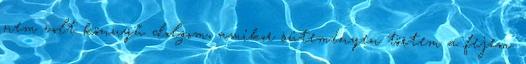
nem volt könnyű dolgom, amikor süteményen törtem a fejem.